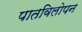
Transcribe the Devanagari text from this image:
पातविलोपन